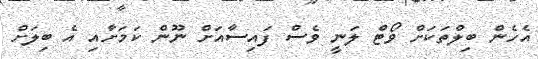
އެހެން ބިލްތަކަށް ވޯޓް ލަނީ ވެސް ފައިސާއަށް ނޫން ކަމަށާއި އެ ބިލަށް